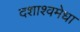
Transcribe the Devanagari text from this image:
दशाश्वमेधा